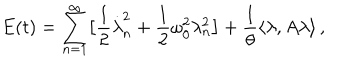
LaTeX: E ( t ) = \sum _ { n = 1 } ^ { \infty } \bigl [ \frac 1 2 \dot { \lambda } _ { n } ^ { 2 } + \frac 1 2 \omega _ { 0 } ^ { 2 } \lambda _ { n } ^ { 2 } \bigr ] + \frac 1 \theta \langle \lambda , A \lambda \rangle \, ,